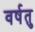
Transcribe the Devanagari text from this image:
वर्षतु